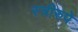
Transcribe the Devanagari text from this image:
स्त्रीरुपे